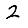
Digit: 2